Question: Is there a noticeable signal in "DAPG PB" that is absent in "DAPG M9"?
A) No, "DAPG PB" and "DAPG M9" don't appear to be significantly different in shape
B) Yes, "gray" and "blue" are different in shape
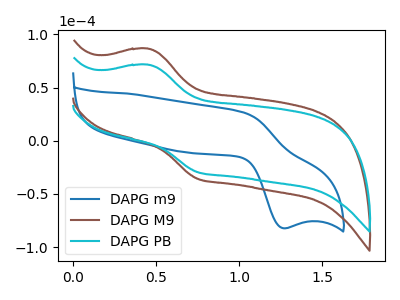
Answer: <think>The blue curve "DAPG m9" has an anodic peak at (1.05V, 26.35uA) and a cathodic peak at (1.25V, -82.25uA). The brown curve "DAPG M9" has an anodic peak at (0.45V, 86.60uA) and a cathodic peak at (0.75V, -35.85uA). The cyan curve "DAPG PB" has an anodic peak at (0.45V, 71.50uA) and a cathodic peak at (0.75V, -29.60uA).
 All the peaks in "DAPG PB" have a peak in "DAPG M9" at the same potential. Every peak in "DAPG PB" is lower than every peak in "DAPG M9".</think>
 <answer>A) No, "DAPG PB" and "DAPG M9" don't appear to be significantly different in shape</answer>
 <eval>A</eval>